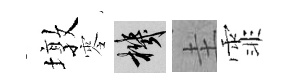
墩零機圭霏